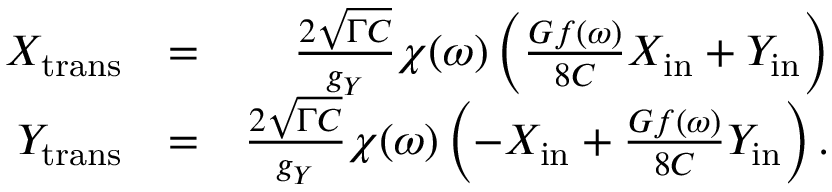
\begin{array} { r l r } { X _ { \mathrm { t r a n s } } } & { = } & { \frac { 2 \sqrt { \Gamma C } } { g _ { Y } } \chi ( \omega ) \left( \frac { G f ( \omega ) } { 8 C } X _ { \mathrm { i n } } + Y _ { \mathrm { i n } } \right) } \\ { Y _ { \mathrm { t r a n s } } } & { = } & { \frac { 2 \sqrt { \Gamma C } } { g _ { Y } } \chi ( \omega ) \left( - X _ { \mathrm { i n } } + \frac { G f ( \omega ) } { 8 C } Y _ { \mathrm { i n } } \right) . } \end{array}